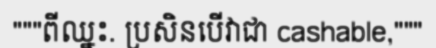
"""ពីឈ្នះ. ប្រសិនបើវាជា cashable,"""